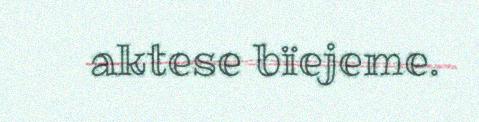
aktese bïejeme.